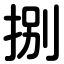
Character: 捌